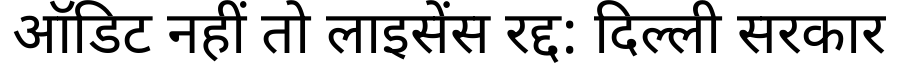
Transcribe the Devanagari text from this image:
ऑडिट नहीं तो लाइसेंस रद्द: दिल्ली सरकार